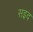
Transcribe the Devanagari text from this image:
सइद